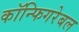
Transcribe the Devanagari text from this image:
कॉन्फिगरेबल